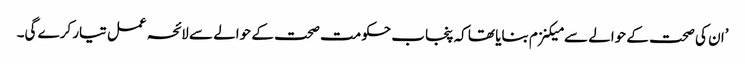
’ان کی صحت کے حوالے سے میکنزم بنایا تھا کہ پنجاب حکومت صحت کے حوالے سے لائحہ عمل تیار کرے گی۔